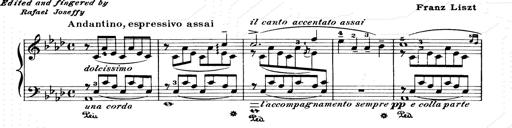
Title: Consolations and LiebestrÃ¤ume for the Piano
Composer: Franz Liszt